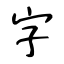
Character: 字